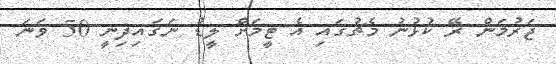
ޖަރުމަން ރޭ ކުޅުނު މެޗުގައި އެ ޓީމަށް ލީޑު ނަގައިދިނީ 50 ވަނަ